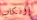
إرتكاب